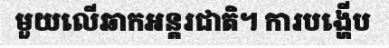
មួយលើឆាកអន្តរជាតិ។ ការបង្ហើប